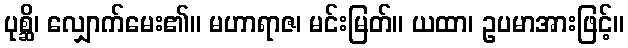
ပုစ္ဆိ၊ လျှောက်မေး၏။ မဟာရာဇ၊ မင်းမြတ်။ ယထာ၊ ဥပမာအားဖြင့်။